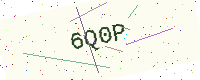
Text: 6Q0P